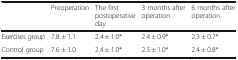
<table><thead><tr><td></td><td><b>Preoperation</b></td><td><b>The first postoperative day</b></td><td><b>3 months after operation</b></td><td><b>6 months after operation</b></td></tr></thead><tbody><tr><td>Exercises group</td><td>7.8 ± 1.1</td><td>2.4 ± 1.0*</td><td>2.4 ± 0.9*</td><td>2.3 ± 0.7*</td></tr><tr><td>Control group</td><td>7.6 ± 1.0</td><td>2.4 ± 1.0*</td><td>2.5 ± 1.0*</td><td>2.4 ± 0.8*</td></tr></tbody></table>